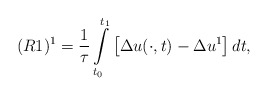
\begin{align*} (R1)^{1}=\frac{1}{\tau}\int\limits^{t_{1}}_{t_0}\left[\Delta u(\cdot,t)-\Delta u^{1}\right]dt, \end{align*}